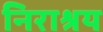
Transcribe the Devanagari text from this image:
निराश्रय